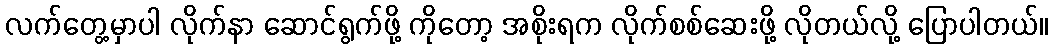
လက်တွေ့မှာပါ လိုက်နာ ဆောင်ရွက်ဖို့ ကိုတော့ အစိုးရက လိုက်စစ်ဆေးဖို့ လိုတယ်လို့ ပြောပါတယ်။